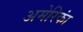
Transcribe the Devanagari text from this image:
अमेरिकां